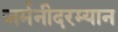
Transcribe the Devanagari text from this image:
जर्मनीदरम्यान